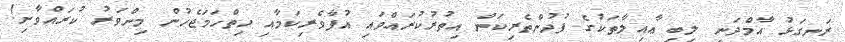
ރަނގަޅު އާމްދަނީ ލިބި ޢާއިލާތަކުގެ ފުދުންތެރިކަން އިތުރުކުރައްވައި އުފާވެރިކަމާއި ހިތްހަމަޖެހުން މިންވަރު ކުރައްވާށި!